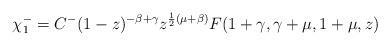
LaTeX: \begin{align*}\chi_1^- =C^- (1-z)^{-\beta +\gamma}z^{\frac{1}{2} (\mu +\beta)}F (1+\gamma , \gamma +\mu , 1+\mu , z)\end{align*}